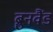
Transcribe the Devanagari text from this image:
ब्रुनवैंड